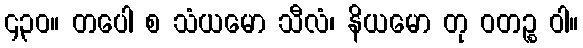
၄၃၀။ တပေါ စ သံယမော သီလံ၊ နိယမော တု ဝတဉ္စ ဝါ။